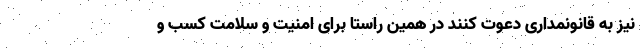
نیز به قانونمداری دعوت کنند در همین راستا برای امنیت و سلامت کسب و